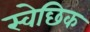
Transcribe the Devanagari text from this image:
स्वेछिक